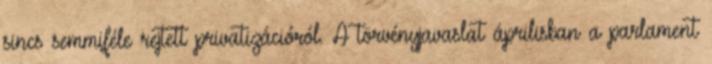
sincs semmiféle rejtett privatizációról. A törvényjavaslat áprilisban a parlament